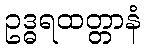
ဥဒ္ဓရထတ္တာနံ